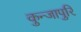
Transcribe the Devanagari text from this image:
कुन्जापुरि